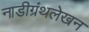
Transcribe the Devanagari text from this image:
नाडीग्रंथलेखन